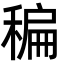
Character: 稨